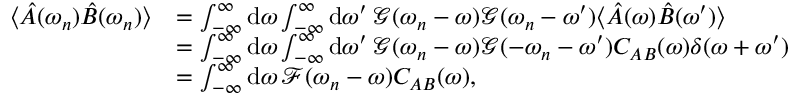
\begin{array} { r l } { \langle \hat { A } ( \omega _ { n } ) \hat { B } ( \omega _ { n } ) \rangle } & { = \int _ { - \infty } ^ { \infty } \mathrm { d } \omega \int _ { - \infty } ^ { \infty } \mathrm { d } \omega ^ { \prime } \, \mathcal { G } ( \omega _ { n } - \omega ) \mathcal { G } ( \omega _ { n } - \omega ^ { \prime } ) \langle \hat { A } ( \omega ) \hat { B } ( \omega ^ { \prime } ) \rangle } \\ & { = \int _ { - \infty } ^ { \infty } \mathrm { d } \omega \int _ { - \infty } ^ { \infty } \mathrm { d } \omega ^ { \prime } \, \mathcal { G } ( \omega _ { n } - \omega ) \mathcal { G } ( - \omega _ { n } - \omega ^ { \prime } ) C _ { A B } ( \omega ) \delta ( \omega + \omega ^ { \prime } ) } \\ & { = \int _ { - \infty } ^ { \infty } \mathrm { d } \omega \, \mathcal { F } ( \omega _ { n } - \omega ) C _ { A B } ( \omega ) , } \end{array}